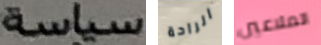
سياسة الراحة الملاعين